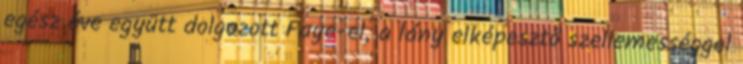
egész éve együtt dolgozott Faye-el, a lány elképesztő szellemességgel